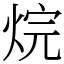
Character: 烷